Annual statistical returns and brief notes on vaccination in Bengal - 1896-1909
Year: 1896
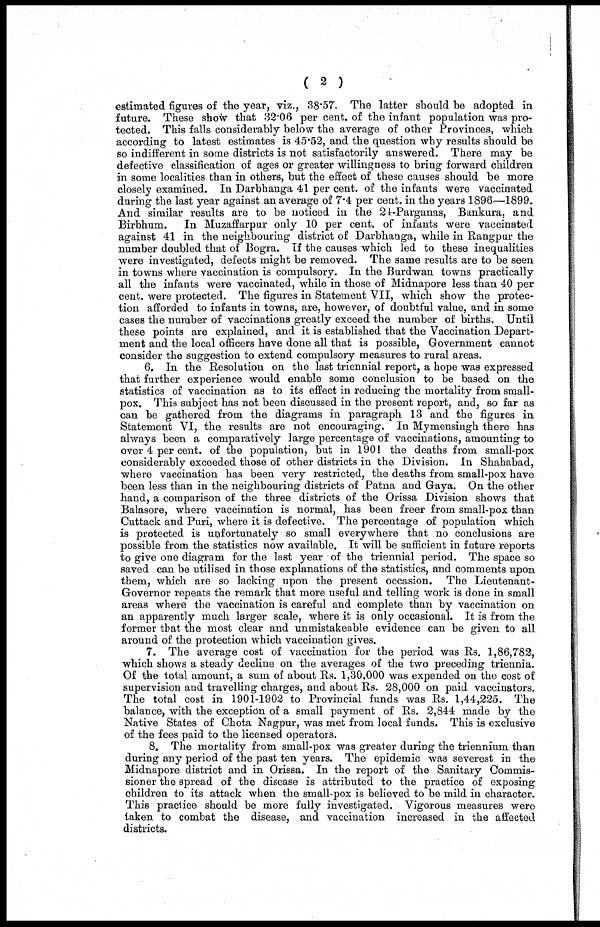
( 2 )
estimated figures of the year, viz., 38.57. The latter should be adopted in
future. These show that 32.06 per cent. of the infant population was pro-
tected. This falls considerably below the average of other Provinces, which
according to latest estimates is 45.52, and the question why results should be
so indifferent in some districts is not satisfactorily answered. There may be
defective classification of ages or greater willingness to bring forward children
in some localities than in others, but the effect of these causes should be more
closely examined. In Darbhanga 41 per cent. of the infants were vaccinated
during the last year against an average of 7.4 per cent. in the years 1896—1899.
And similar results are to be noticed in the 24-Parganas, Bankura, and
Birbhum. In Muzaffarpur only 10 per cent. of infants were vaccinated
against 41 in the neighbouring district of Darbhanga, while in Rangpur the
number doubled that of Bogra. If the causes which led to these inequalities
were investigated, defects might be removed. The same results are to be seen
in towns where vaccination is compulsory. In the Burdwan towns practically
all the infants were vaccinated, while in those of Midnapore less than 40 per
cent. were protected. The figures in Statement VII, which show the protec-
tion afforded to infants in towns, are, however, of doubtful value, and in some
cases the number of vaccinations greatly exceed the number of births. Until
these points are explained, and it is established that the Vaccination Depart-
ment and the local officers have done all that is possible, Government cannot
consider the suggestion to extend compulsory measures to rural areas.
6. In the Resolution on the last triennial report, a hope was expressed
that further experience would enable some conclusion to be based on the
statistics of vaccination as to its effect in reducing the mortality from small-
pox. This subject has not been discussed in the present report, and, so far as
can be gathered from the diagrams in paragraph 13 and the figures in
Statement VI, the results are not encouraging. In Mymensingh there has
always been a comparatively large percentage of vaccinations, amounting to
over 4 per cent. of the population, but in 1901 the deaths from small-pox
considerably exceeded those of other districts in the Division. In Shahabad,
where vaccination has been very restricted, the deaths from small-pox have
been less than in the neighbouring districts of Patna and Gaya. On the other
hand, a comparison of the three districts of the Orissa Division shows that
Balasore, where vaccination is normal, has been freer from small-pox than
Cuttack and Puri, where it is defective. The percentage of population which
is protected is unfortunately so small everywhere that no conclusions are
possible from the statistics now available. It will be sufficient in future reports
to give one diagram for the last year of the triennial period. The space so
saved can be utilised in those explanations of the statistics, and comments upon
them, which are so lacking upon the present occasion. The Lieutenant-
Governor repeats the remark that more useful and telling work is done in small
areas where the vaccination is careful and complete than by vaccination on
an apparently much larger scale, where it is only occasional. It is from the
former that the most clear and unmistakeable evidence can be given to all
around of the protection which vaccination gives.
7. The average cost of vaccination for the period was Rs. 1,86,782,
which shows a steady decline on the averages of the two preceding triennia.
Of the total amount, a sum of about Rs. 1,30,000 was expended on the cost of
supervision and travelling charges, and about Rs. 28,000 on paid vaccinators.
The total cost in 1901-1902 to Provincial funds was Rs. 1,44,225. The
balance, with the exception of a small payment of Rs. 2,844 made by the
Native States of Chota Nagpur, was met from local funds. This is exclusive
of the fees paid to the licensed operators.
8. The mortality from small-pox was greater during the triennium than
during any period of the past ten years. The epidemic was severest in the
Midnapore district and in Orissa. In the report of the Sanitary Commis-
sioner the spread of the disease is attributed to the practice of exposing
children to its attack when the small-pox is believed to be mild in character.
This practice should be more fully investigated. Vigorous measures were
taken to combat the disease, and vaccination increased in the affected
districts.